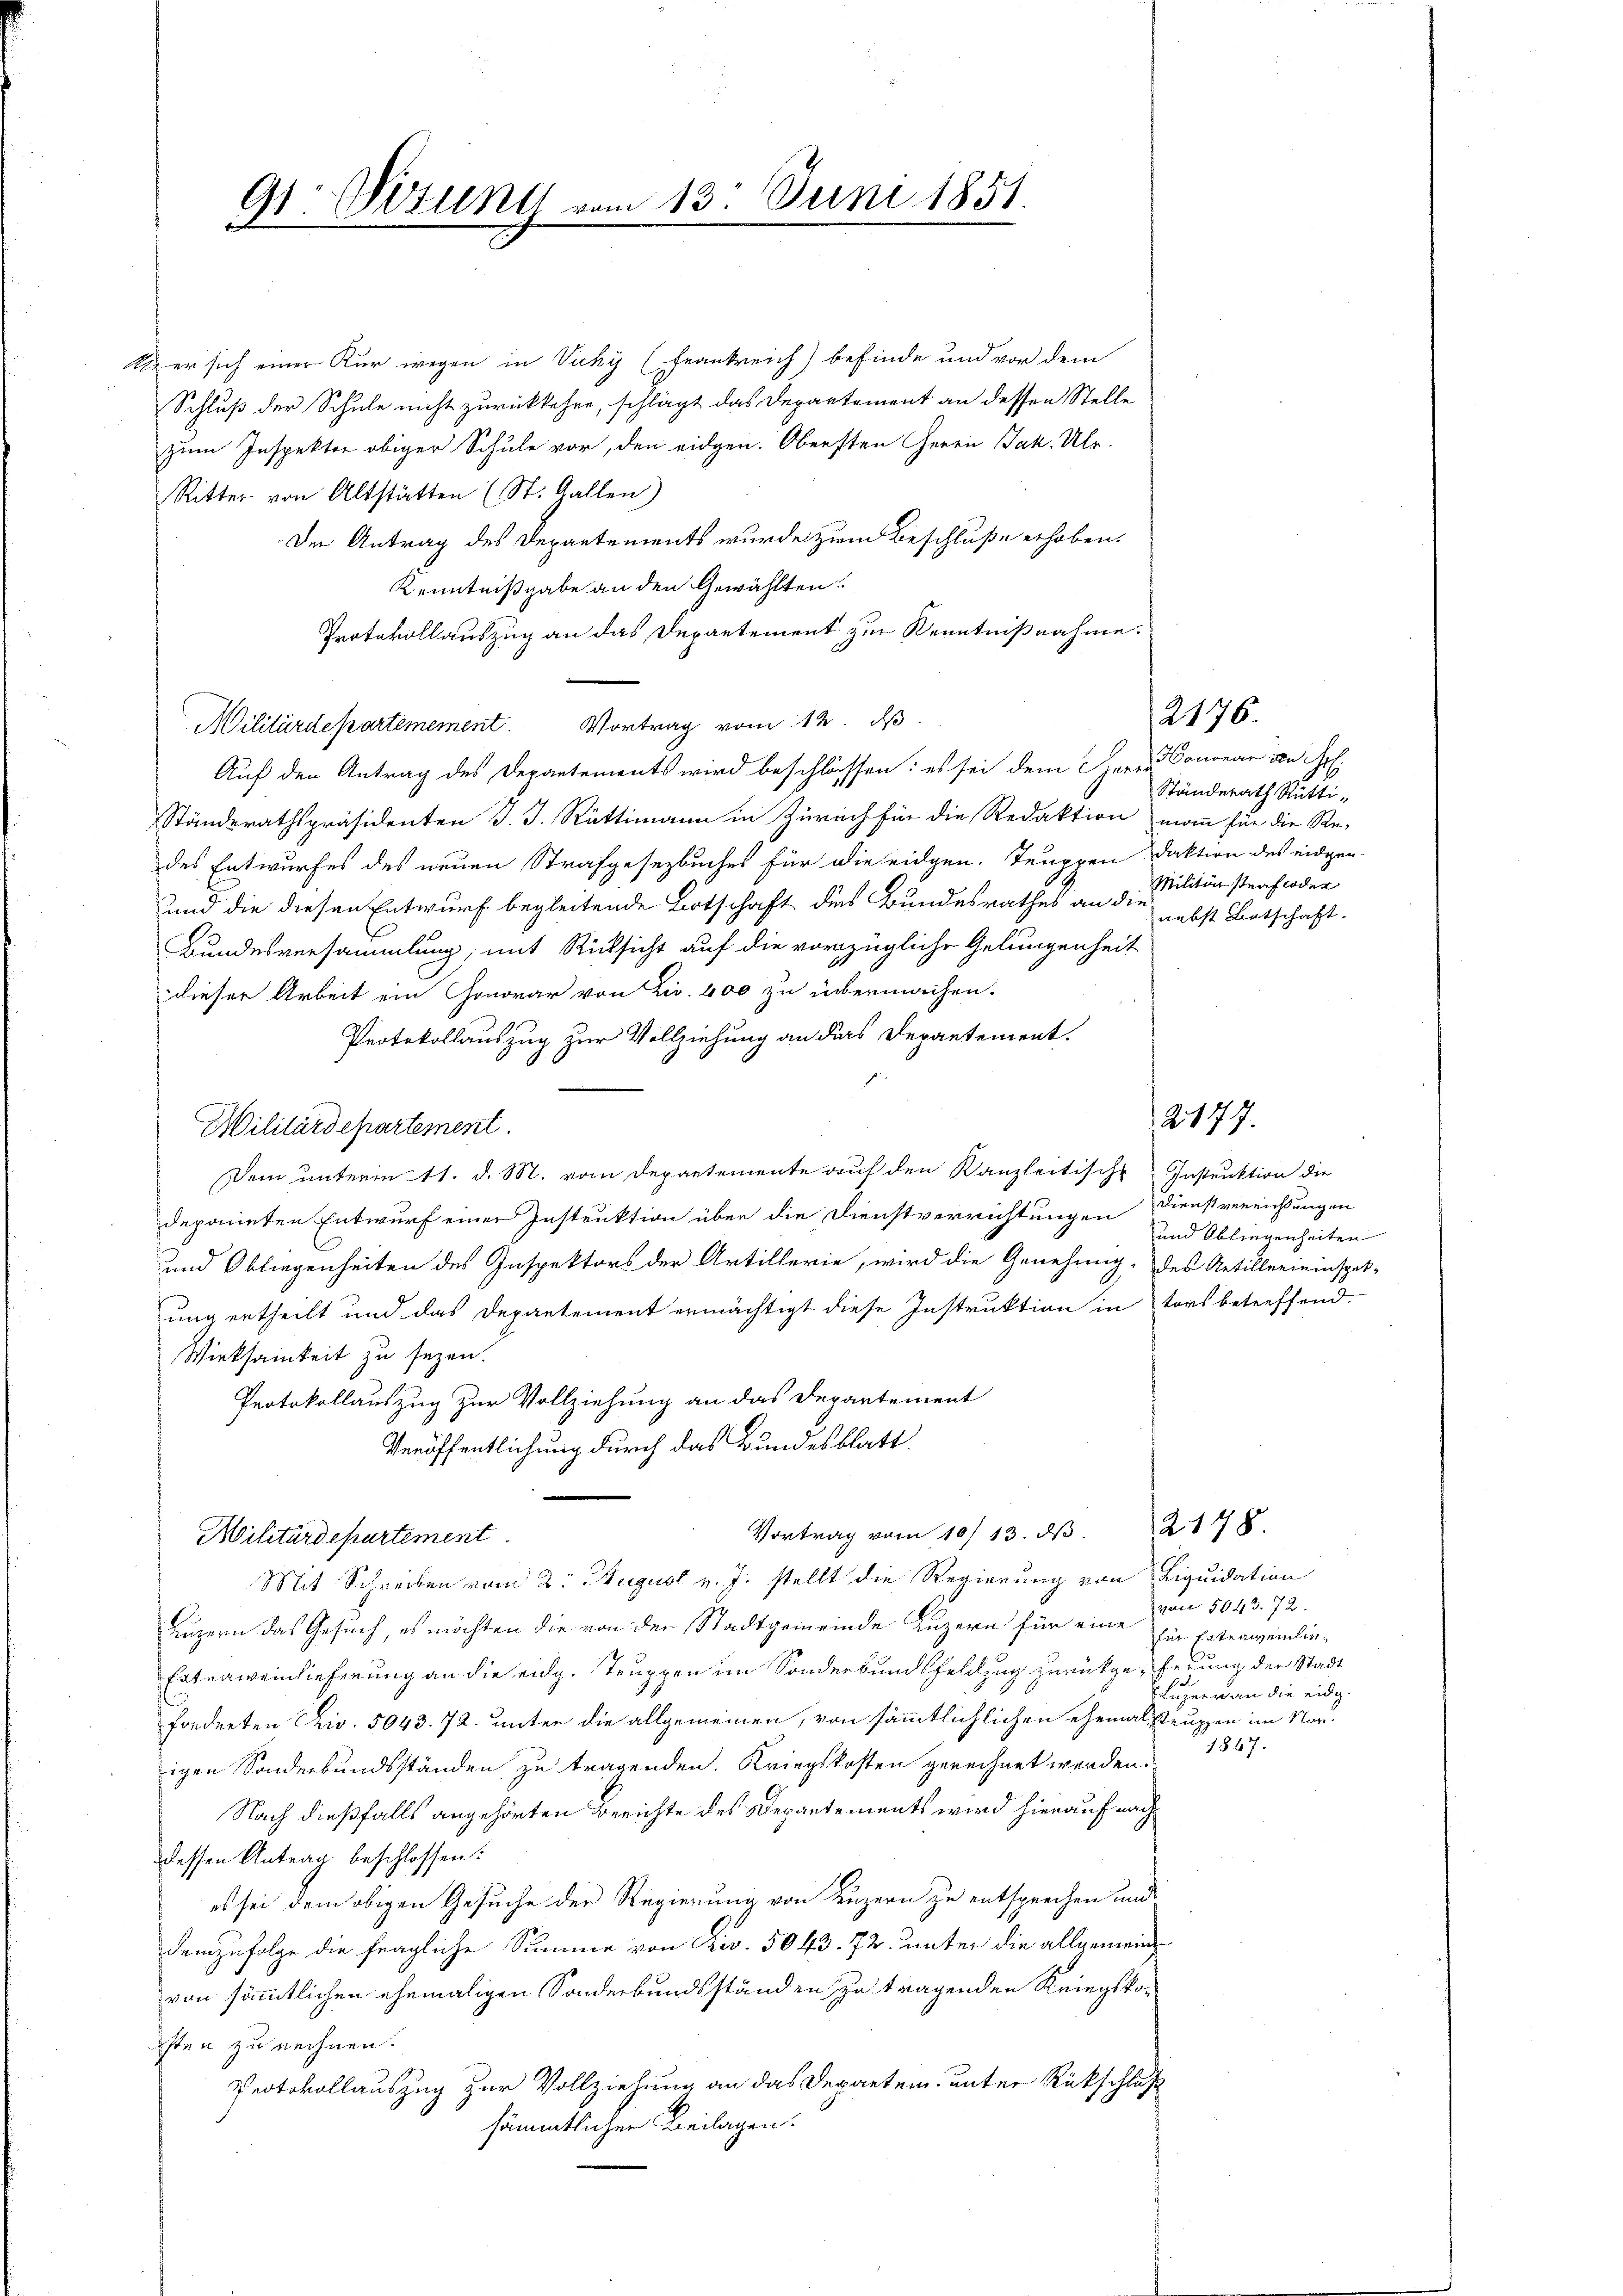
91. Visung vom 13. Juni 1851.

Ulzer sich einer Kur wegen in Vicky (Frankreich) befinde und vor dem
Schluß der Schule nicht zurückkehre, schlägt das Departement an dessen Stelle
zum Inspektor obiger Schule vor, den eidgen. Obersten Herrn Jak. Ulr.
Ritter von Altstätten (St. Gallen)
Der Antrag des Departements wurde zum Beschluße erhoben.
Kenntnißgabe an den Gewählten!
Protokoll auszug an das Departement zur Kenntnißnahme.
Militärdepartemement. Vortrag vom 12. d.
Auf den Antrag des Departements wird beschlossen: es sei dem Herr Donorar von Frl.
Ständerathspräsidenten J. J. Rüttimann in Zürich für die Redaktion man für die Re-
des Entwurfes des neuen Strafgesezbuches für die eidgen. Truppen Faktion des eidgen.
und die diesen Entwurf begleitende Botschaft des Bundesrathes an die
Bundesversammlung, mit Rücksicht auf die vorzügliche Gelungenheit
dieser Arbeit ein Honorar von Zir. 400 zu übermachen.
Protokollauszug zur Vollziehung an das Departement.
Dem unterm 11. d. M. vom Departemente auf den Kanzleitische Instruktion die
deponirten Entwurf einer Instruktion über die Dienstverrichtungen Dienstvereichtungen
und Obliegenheiten des Inspektors der Artillerie, wird die Genehmig- des Retillerieinspit-
ung ertheilt und das Departement ermächtigt diese Instruktion in tors betreffend.
Wirksamkeit zu seyen.
Protokollauszug zur Vollziehung an das Departement
Veröffentlichung durch das Bundesblatt
Vortrag vom 10/13. dβ.
Militärdepartement
Mit Schreiben vom 2. August v. J. stellt die Regierung von Liquidation
Luzern das Gesuch, es möchten die von der Stadtgemeinde Luzern für eine für Ertragenling
Enterweinlieferung an die eidg. Truppen im Sonderbund Feldzug zurückgeferung der Stadt
forderten Criv. 5043. 72. unter die allgemeinen, von sämmtlichlichen ehemalstruppen im Norigen Sonderbundsständen zu tragenden. Kriegskosten gerechnet werden.
Nach dießfalls angehörten Berichte des Departements wird hierauf nach
dessen Antrag beschlossen:
es sei dem obigen Gesuche der Regierung von Luzern zu entsprechen und
demzufolge die fragliche Summe von Riv. 5043. 72. unter die allgemeinvon sämmtlichen ehemaligen Sonderbundsständen zu tragenden Kriegskoasten zu rechnen.
Protokollauszug zur Vollziehung an das Departen, unter Rückschluß
sämmtlicher Beilagen.

Militärdepartement.

Ständerath Rütti¬
Militärstraf oder
nebst Botschaft

2176.

und Abliegenheiten

2179.

von 5043. 72.
Luzern an die eidg.
1847.

2178.